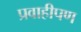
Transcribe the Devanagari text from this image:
प्रवाहीपण